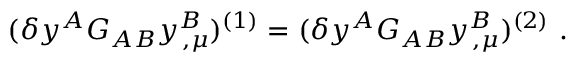
( \delta y ^ { A } G _ { A B } y _ { \, , \mu } ^ { B } ) ^ { ( 1 ) } = ( \delta y ^ { A } G _ { A B } y _ { \, , \mu } ^ { B } ) ^ { ( 2 ) } ~ .